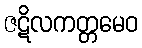
ဇဋိလကတ္တမေဝ